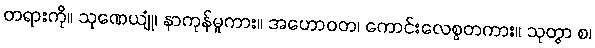
တရားကို။ သုဏေယျုံ၊ နာကုန်မူကား။ အဟောဝတ၊ ကောင်းလေစွတကား။ သုတွာ စ၊